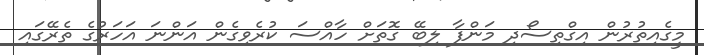
މީގެއިތުރުން އިގްތިސޯދި މަންފާ ލިބޭ ގޮތަށް ހާއްސަ ކުރެވިގެން އަންނަ އަހަރުގެ ތެރޭގައި